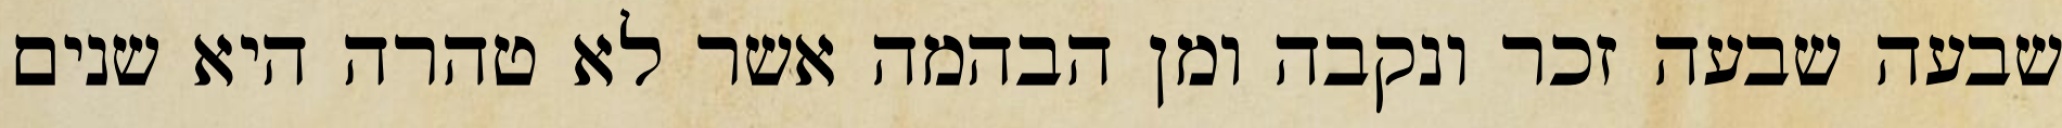
שבעה שבעה זכר ונקבה ומן הבהמה אשר לא טהרה היא שנים